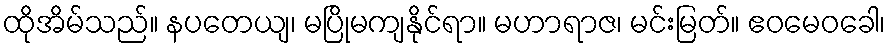
ထိုအိမ်သည်။ နပတေယျ၊ မပြိုမကျနိုင်ရာ။ မဟာရာဇ၊ မင်းမြတ်။ ဧဝမေဝခေါ၊